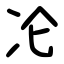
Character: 㓆